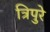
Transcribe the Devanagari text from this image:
त्रिपुरे